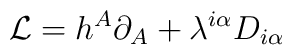
{\cal L}=h^{A}\partial_{A}+\lambda^{i\alpha}D_{i\alpha}